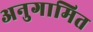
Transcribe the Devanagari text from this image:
अनुगामित